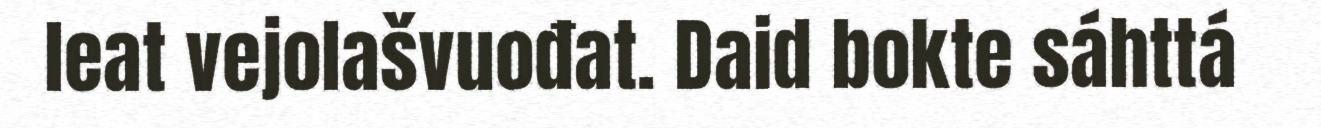
leat vejolašvuođat. Daid bokte sáhttá